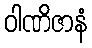
ဝါဏိဇာနံ